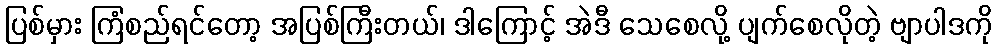
ပြစ်မှား ကြံစည်ရင်တော့ အပြစ်ကြီးတယ်၊ ဒါကြောင့် အဲဒီ သေစေလို့ ပျက်စေလိုတဲ့ ဗျာပါဒကို